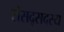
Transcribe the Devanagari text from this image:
संसद्सदस्य